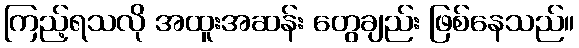
ကြည့်ရသလို အထူးအဆန်း တွေချည်း ဖြစ်နေသည်။